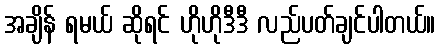
အချိန် ရမယ် ဆိုရင် ဟိုဟိုဒီဒီ လည်ပတ်ချင်ပါတယ်။